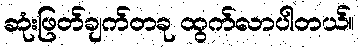
ဆုံးဖြတ်ချက်တခု ထွက်လာပါတယ်။